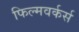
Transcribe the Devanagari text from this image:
फिल्मवर्कर्स